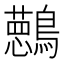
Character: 𱉀